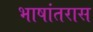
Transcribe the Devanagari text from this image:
भाषांतरास